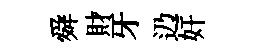
舜財牙辸奸